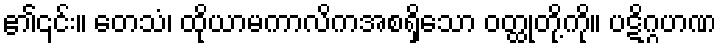
၏၎င်း။ တေသံ၊ ထိုယာမကာလိကအစရှိသော ဝတ္ထုတို့ကို။ ပဋိဂ္ဂဟဏ